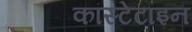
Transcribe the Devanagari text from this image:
कांस्टेटाइन